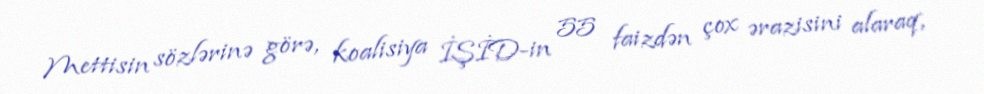
Mettisin sözlərinə görə, koalisiya İŞİD-in 55 faizdən çox ərazisini alaraq,